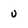
Character: u